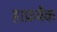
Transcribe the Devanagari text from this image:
हाफ़बैक